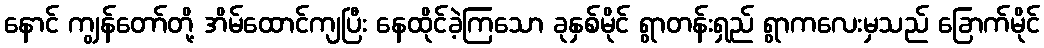
နောင် ကျွန်တော်တို့ အိမ်ထောင်ကျပြီး နေထိုင်ခဲ့ကြသော ခုနှစ်မိုင် ရွာတန်းရှည် ရွာကလေးမှသည် ခြောက်မိုင်